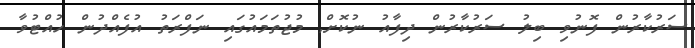
ސަރުކާރުން ފޮނުވި ބިލު ސަރުކާރުން ދިފާއު ނުކޮށް